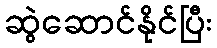
ဆွဲဆောင်နိုင်ပြီး